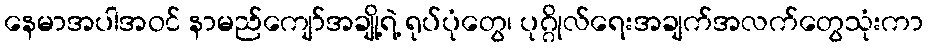
နေမာအပါအဝင် နာမည်ကျော်အချို့ရဲ့ ရုပ်ပုံတွေ၊ ပုဂ္ဂိုလ်ရေးအချက်အလက်တွေသုံးကာ